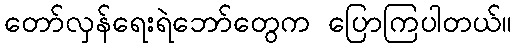
တော်လှန်ရေးရဲဘော်တွေက ပြောကြပါတယ်။